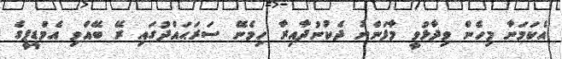
އެކަމަނާ މިހެން ވިދާޅުވީ މާފަންނު ދެކުނުދާއިރާ ހިމެނޭ ސަރަޙައްދުގައި ރޭ ބޭއްވި އެމްޑީޕީގެ